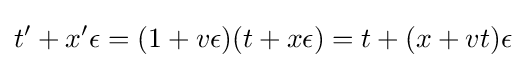
t^{\prime }+x^{\prime }\epsilon =(1+v\epsilon )(t+x\epsilon )=t+(x+vt)\epsilon